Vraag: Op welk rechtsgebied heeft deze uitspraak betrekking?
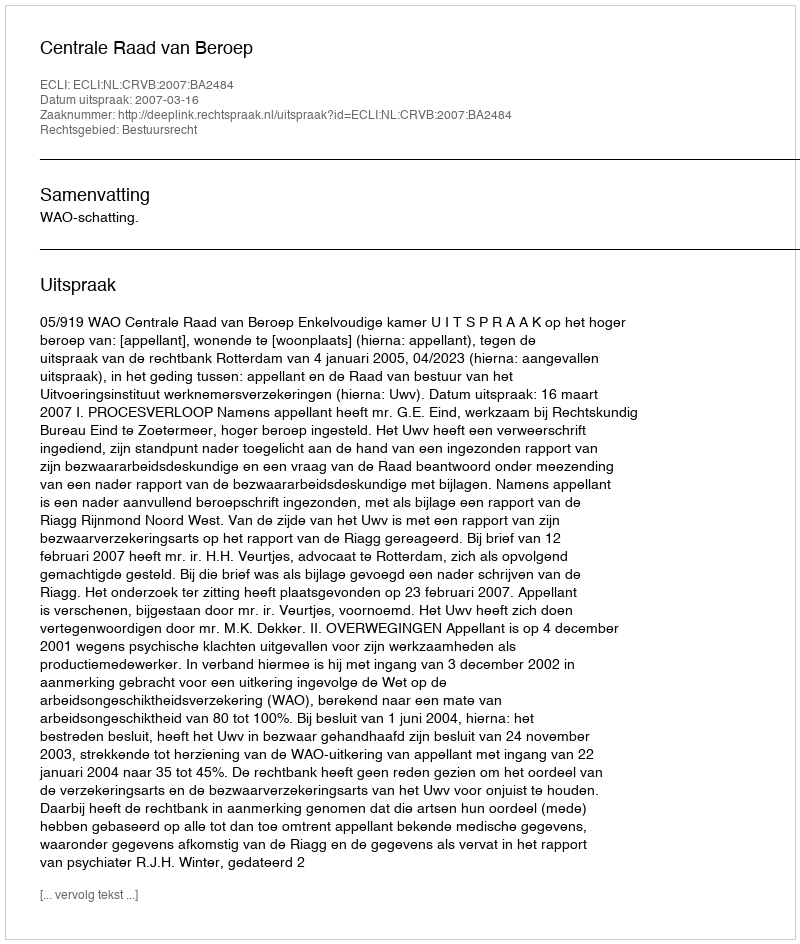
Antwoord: Bestuursrecht